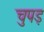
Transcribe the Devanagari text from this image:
चुपड़